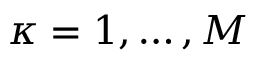
\kappa = 1 , \dots , M